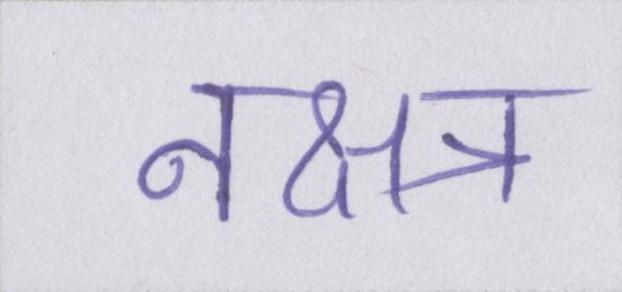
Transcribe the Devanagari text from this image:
नक्षत्र